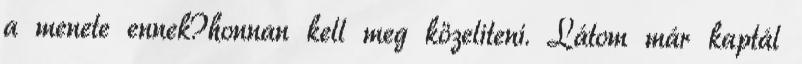
a menete ennek?honnan kell meg közeliteni. Látom már kaptál